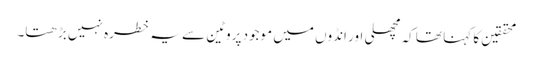
محققین کا کہنا تھا کہ مچھلی اور انڈوں میں موجود پروٹین سے یہ خطرہ نہیں بڑھتا۔